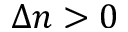
\Delta n > 0